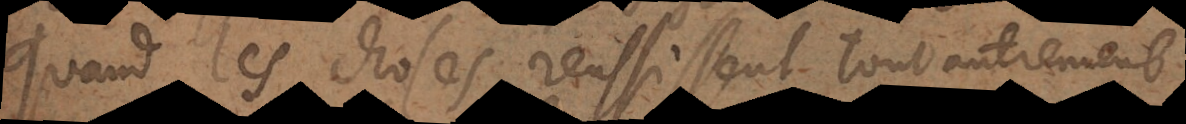
Quand les choses reussissent tout autrement